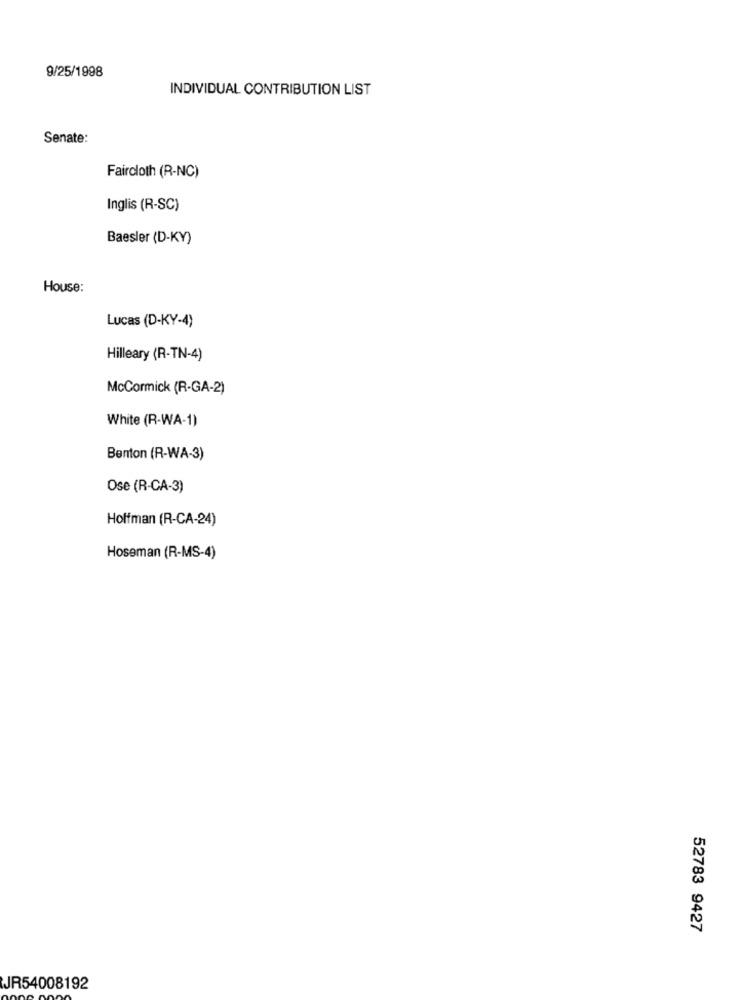
9/25/1998
INDIVIDUAL CONTRIBUTION LIST
Senate:
Faircloth (R-NC)
Inglis (R-SC)
Baesler (D-KY)
House:
Lucas (D-KY-4)
Hilleary (R-TN-4)
McCormick (R-GA-2)
White (R-WA-1)
Benton (R-WA-3)
Ose (R-CA-3)
Hoffman (R-CA-24)
Hoseman (R-MS-4)
52783 9427
JR54008192